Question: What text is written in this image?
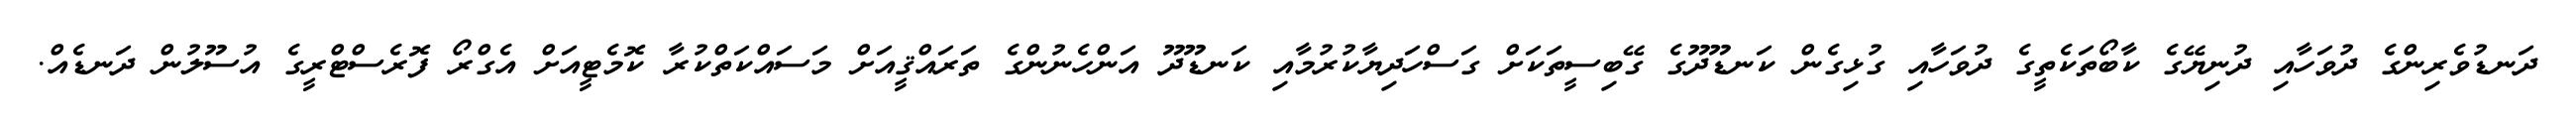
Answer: ދަނޑުވެރިންގެ ދުވަހާއި ދުނިޔޭގެ ކާބޯތަކެތީގެ ދުވަހާއި ގުޅިގެން ކަނޑޫދޫގެ ގޭބިސީތަކަށް ގަސްހަދިޔާކުރުމާއި ކަނޑޫދޫ އަންހެނުންގެ ތަރައްޤީއަށް މަސައްކަތްކުރާ ކޮމެޓީއަށް އެގްރޯ ފޮރެސްޓްރީގެ އުސޫލުން ދަނޑެއް.